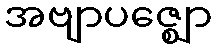
အဗျာပဇ္ဈော